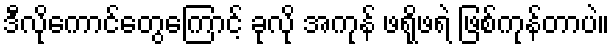
ဒီလိုကောင်တွေကြောင့် ခုလို အကုန် ဖရိုဖရဲ ဖြစ်ကုန်တာပဲ။